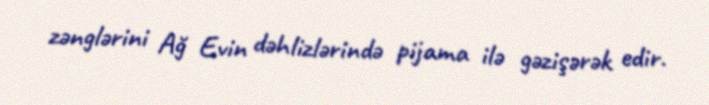
zənglərini Ağ Evin dəhlizlərində pijama ilə gəzişərək edir.